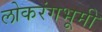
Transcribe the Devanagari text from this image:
लोकरंगभूमी